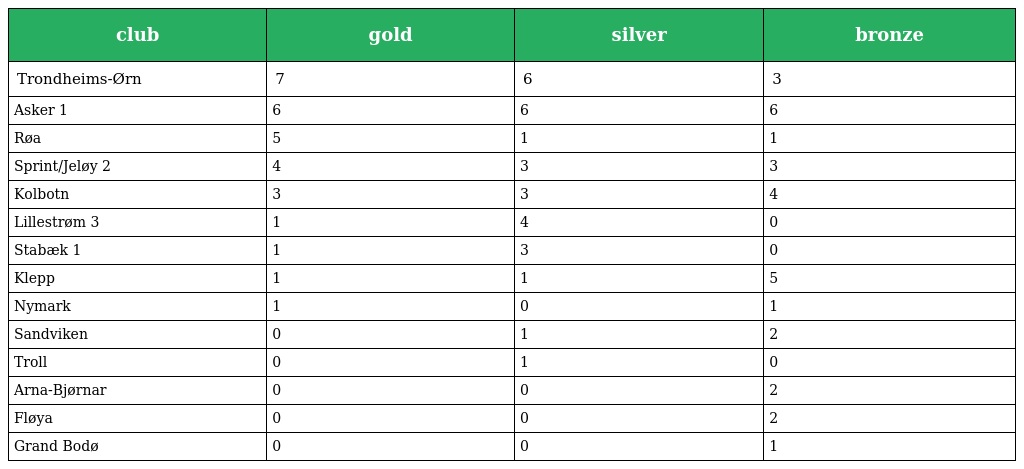
| club | gold | silver | bronze |
 | --- | --- | --- | --- |
 | Trondheims-Ørn | 7 | 6 | 3 |
 | Asker 1 | 6 | 6 | 6 |
 | Røa | 5 | 1 | 1 |
 | Sprint/Jeløy 2 | 4 | 3 | 3 |
 | Kolbotn | 3 | 3 | 4 |
 | Lillestrøm 3 | 1 | 4 | 0 |
 | Stabæk 1 | 1 | 3 | 0 |
 | Klepp | 1 | 1 | 5 |
 | Nymark | 1 | 0 | 1 |
 | Sandviken | 0 | 1 | 2 |
 | Troll | 0 | 1 | 0 |
 | Arna-Bjørnar | 0 | 0 | 2 |
 | Fløya | 0 | 0 | 2 |
 | Grand Bodø | 0 | 0 | 1 |